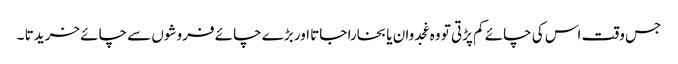
جس وقت اس کی چائے کم پڑتی تو وہ غجدوان یا بخارا جاتا اور بڑے چائے فروشوں سے چائے خریدتا ۔